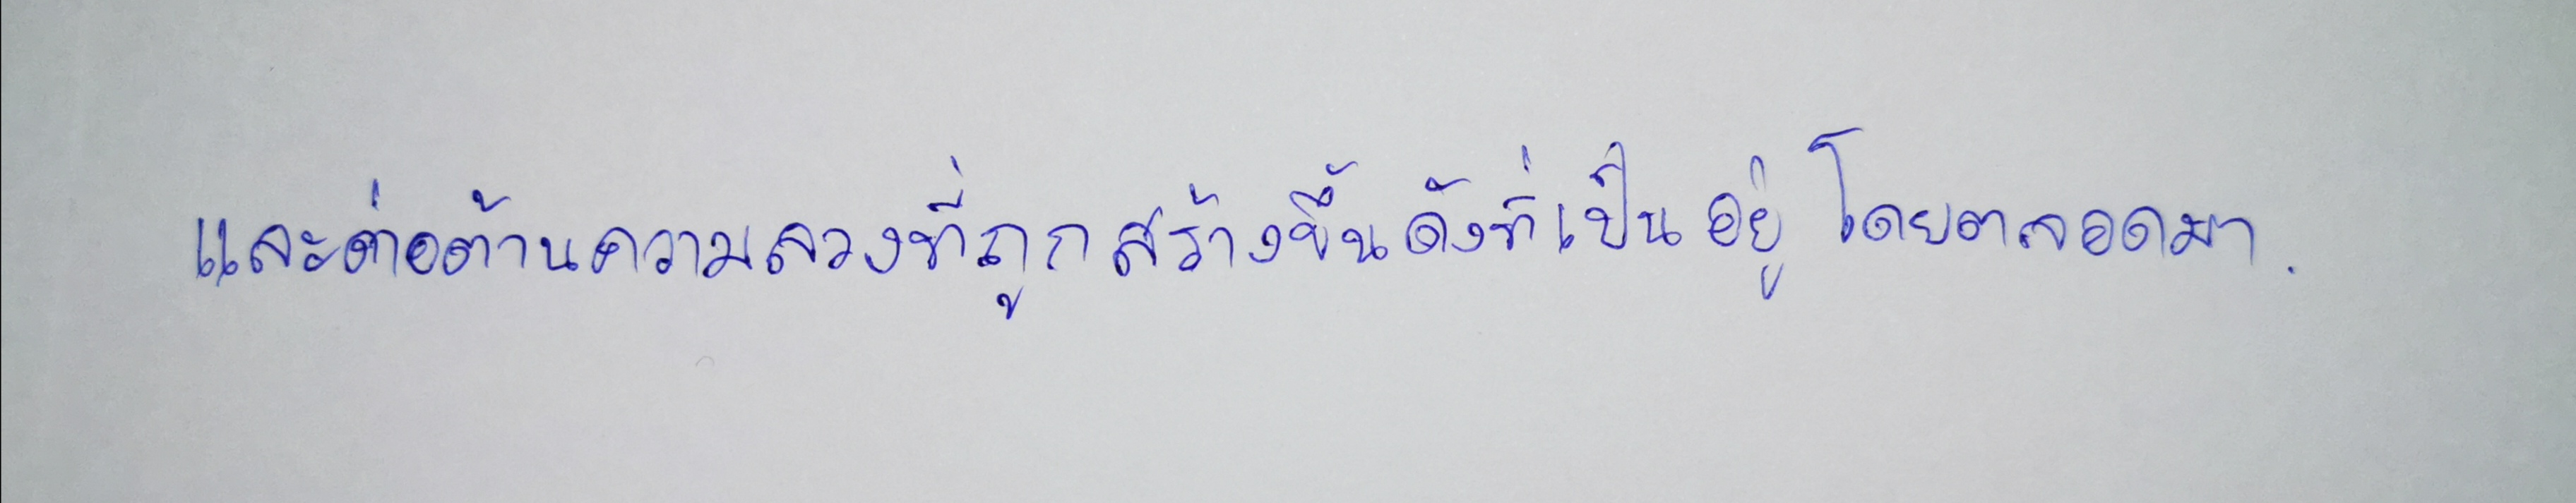
และต่อต้านความลวงที่ถูกสร้างขึ้นดังที่เป็นอยู่โดยตลอดมา